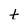
Character: t